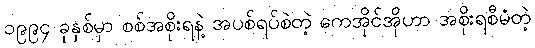
၁၉၉၄ ခုနှစ်မှာ စစ်အစိုးရနဲ့ အပစ်ရပ်စဲတဲ့ ကေအိုင်အိုဟာ အစိုးရစီမံတဲ့